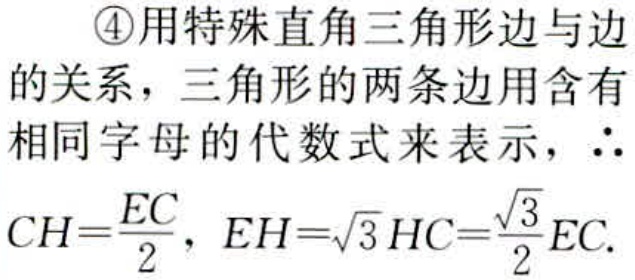
\textcircled{4}用特殊直角三角形边与边
的关系，三角形的两条边用含有
相同字母的代数式来表示，$\therefore$
$CH=\frac{EC}{2}$，$EH = \sqrt{3}HC=\frac{\sqrt{3}}{2}EC$.